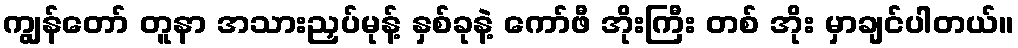
ကျွန်တော် တူနာ အသားညှပ်မုန့် နှစ်ခုနဲ့ ကော်ဖီ အိုးကြီး တစ် အိုး မှာချင်ပါတယ်။